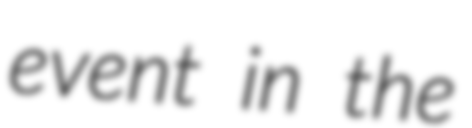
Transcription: event in the